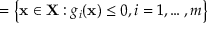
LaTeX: \mathbf { \Gamma } = \left\{ \mathbf { x } \in \mathbf { X } : g _ { i } ( \mathbf { x } ) \leq 0 , i = 1 , \ldots , m \right\}